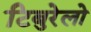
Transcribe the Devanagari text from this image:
टिबुरेलो